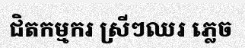
ជិតកម្មករ ស្រីៗឈរ ភ្លេច